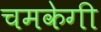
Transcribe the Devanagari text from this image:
चमकेगी